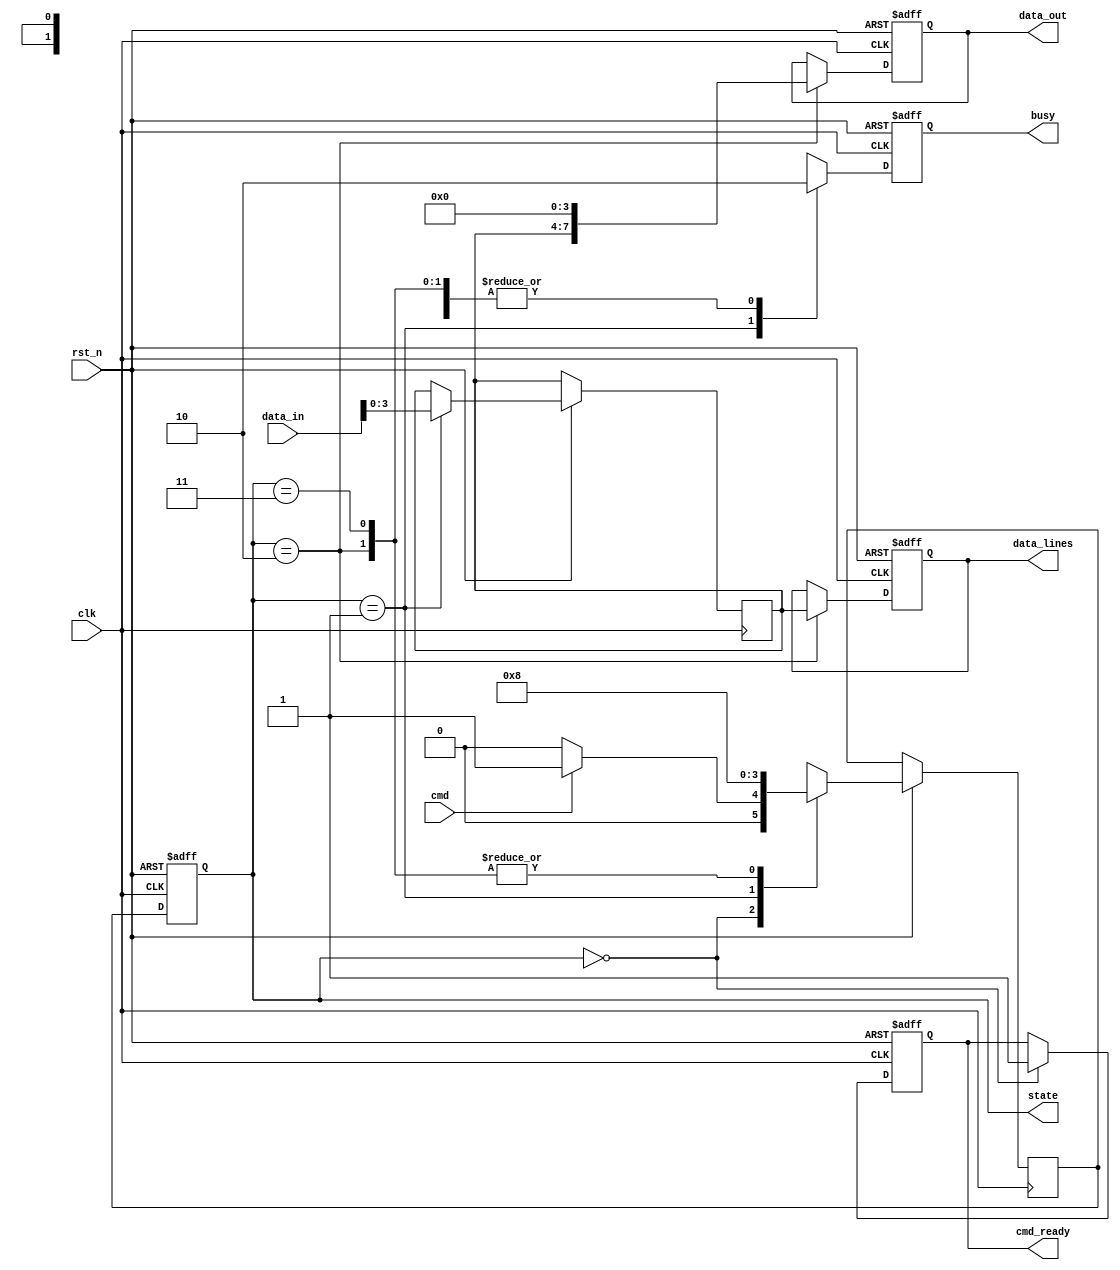
module SD_MemoryCard_IO (
    input wire clk,              // System clock
    input wire rst_n,            // Active low reset
    input wire cmd,              // Command input from host
    input wire [7:0] data_in,    // Data input from host
    output reg [7:0] data_out,    // Data output to host
    output reg busy,              // Busy flag
    output reg [3:0] data_lines,  // Data lines (D0-D3)
    output reg cmd_ready,         // Command ready status
    output reg [1:0] state        // State output for debugging
);

    // State encoding
    localparam IDLE        = 2'b00;
    localparam CMD_RECEIVE = 2'b01;
    localparam DATA_TRANSFER = 2'b10;
    localparam ERROR       = 2'b11;

    // Internal signals
    reg [3:0] data_buffer; // Buffer for data lines
    reg [1:0] next_state;

    // State machine for handling command and data transfer
    always @(posedge clk or negedge rst_n) begin
        if (!rst_n) begin
            state <= IDLE;
            busy <= 1'b0;
            cmd_ready <= 1'b0;
            data_out <= 8'b0;
            data_lines <= 4'b0000;
        end else begin
            state <= next_state;
            case (state)
                IDLE: begin
                    busy <= 1'b0;
                    cmd_ready <= 1'b1; // Ready to receive command
                    if (cmd) begin
                        next_state <= CMD_RECEIVE;
                    end else begin
                        next_state <= IDLE;
                    end
                end

                CMD_RECEIVE: begin
                    busy <= 1'b1;
                    // Here you could decode the command and prepare data transfer
                    // For simplicity, we assume command received is valid
                    data_buffer <= data_in[3:0]; // Example: using lower 4 bits of data input
                    next_state <= DATA_TRANSFER;
                end

                DATA_TRANSFER: begin
                    // Simulate data transfer via data lines
                    data_lines <= data_buffer;
                    data_out <= {data_buffer, 4'b0000}; // Example output
                    busy <= 1'b0;
                    next_state <= IDLE; // Return to IDLE after transfer
                end

                ERROR: begin
                    // Handle error state
                    busy <= 1'b0;
                    next_state <= IDLE; // Reset to IDLE in case of error
                end
                
                default: begin
                    next_state <= IDLE; // Safety fallback
                end
            endcase
        end
    end

endmodule